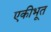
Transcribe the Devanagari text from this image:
एकीभूत